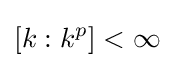
[k:k^{p}]<\infty